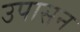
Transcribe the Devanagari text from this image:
उपासन